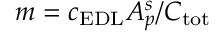
m = \protect c _ { \mathrm { E D L } } A _ { p } ^ { s } / C _ { \protect \mathrm { t o t } }